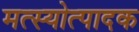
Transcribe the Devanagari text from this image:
मत्स्योत्पादक